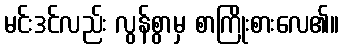
မင်းဒင်လည်း လွန်စွာမှ စာကြိုးစားလေ၏။